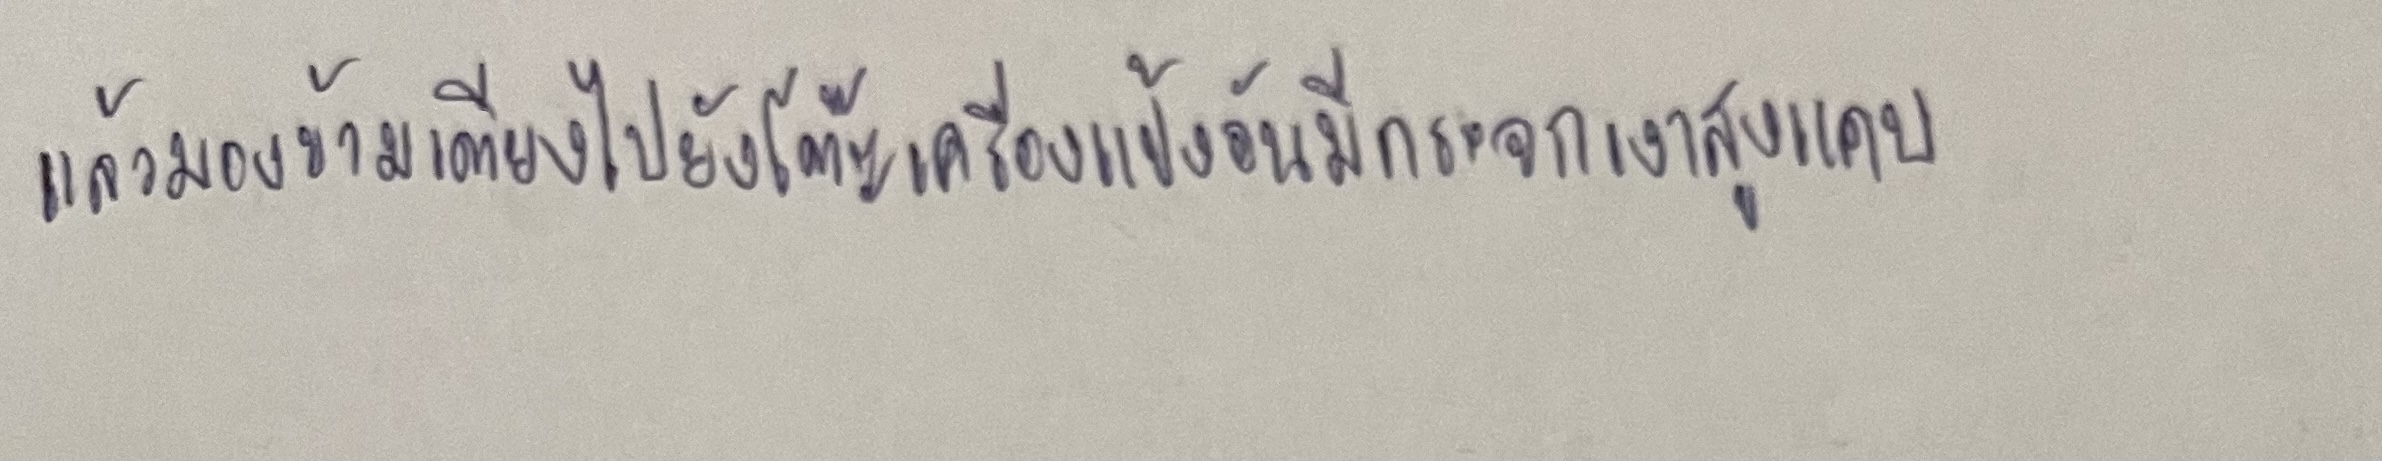
แล้วมองข้ามเตียงไปยังโต๊ะเครื่องแป้งอันมีกระจกเงาสูงแคบ